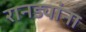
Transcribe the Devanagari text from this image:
रानड्यांना